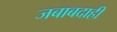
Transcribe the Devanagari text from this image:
जबाबदाही